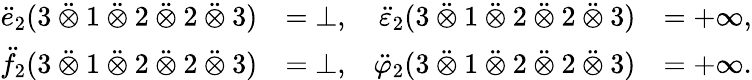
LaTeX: \begin{array}{rlrl}{\ddot{e}_{2}(3\mathbin{\ddot{\otimes}}1\mathbin{\ddot{\otimes}}2\mathbin{\ddot{\otimes}}2\mathbin{\ddot{\otimes}}3)}&{=\bot,}&{\ddot{\varepsilon}_{2}(3\mathbin{\ddot{\otimes}}1\mathbin{\ddot{\otimes}}2\mathbin{\ddot{\otimes}}2\mathbin{\ddot{\otimes}}3)}&{=+\infty,}\\ {\ddot{f}_{2}(3\mathbin{\ddot{\otimes}}1\mathbin{\ddot{\otimes}}2\mathbin{\ddot{\otimes}}2\mathbin{\ddot{\otimes}}3)}&{=\bot,}&{\ddot{\varphi}_{2}(3\mathbin{\ddot{\otimes}}1\mathbin{\ddot{\otimes}}2\mathbin{\ddot{\otimes}}2\mathbin{\ddot{\otimes}}3)}&{=+\infty.}\end{array}